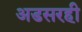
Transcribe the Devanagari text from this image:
अडसरही